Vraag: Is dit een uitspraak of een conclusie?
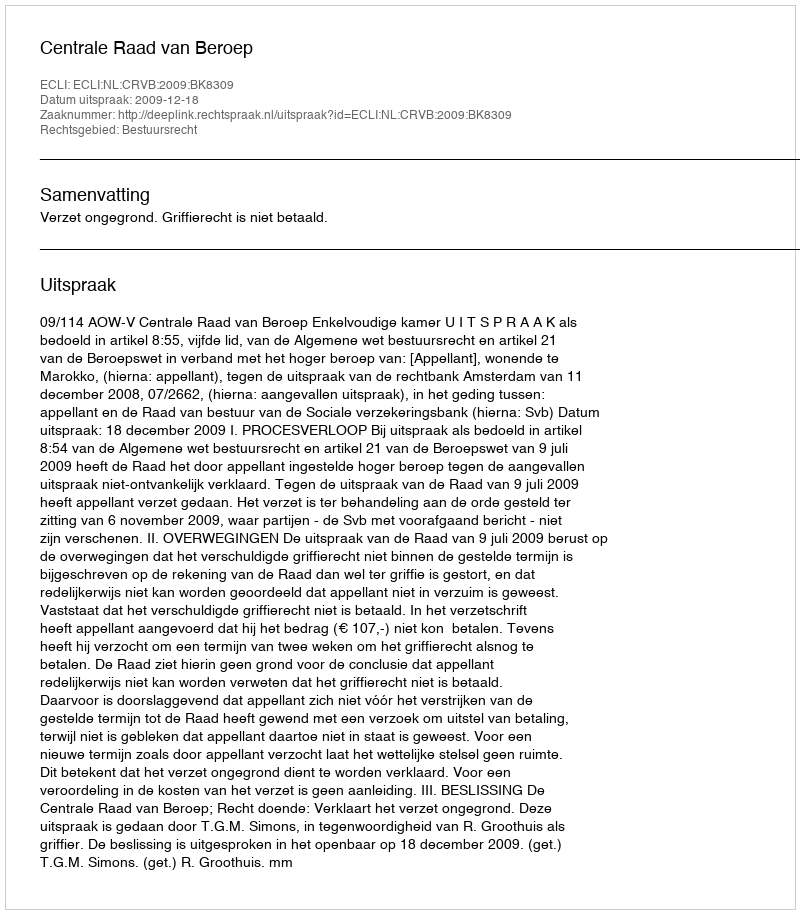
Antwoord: Uitspraak